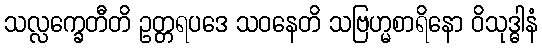
သလ္လက္ခေတီတိ ဥတ္တရပဒေ သဝနေတိ သဗြဟ္မစာရိနော ဝိသုဒ္ဓါနံ